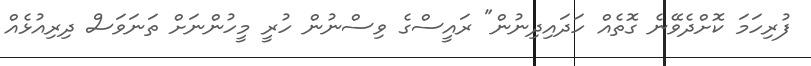
ފުރިހަމަ ކޮށްދެވޭނެ ގޮތެއް ހަދައިދިނުން" ރައީސްގެ ވިސްނުން ހުރީ މީހުންނަށް ތަނަވަސް ދިރިއުޅެއް